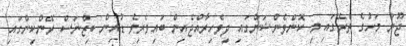
ޖޫން މަހުގެ ތެރޭގައި މި ކޮންވެންޝަންގައި ދިވެހިރާއްޖެއިން ބައިވެރިވެ ޑުއިން ބިޒްނަސް ރޭންކިންގައި